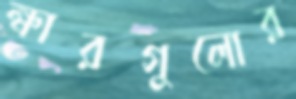
ক্ষারগুলোর